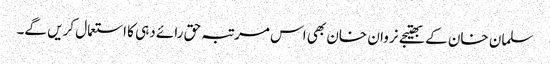
سلمان خان کے بھتیجے نروان خان بھی اس مرتبہ حق رائے دہی کا استعمال کریں گے۔